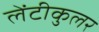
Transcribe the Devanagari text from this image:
लेंटीकुलर